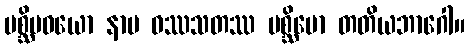
ပစ္ဆိမဝယော နာမ ဝဿသတဿ ပစ္ဆိမော တတိယဘာဂေါ။